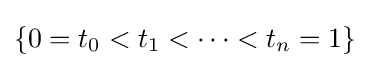
\{0=t_{0}<t_{1}<\cdots <t_{n}=1\}